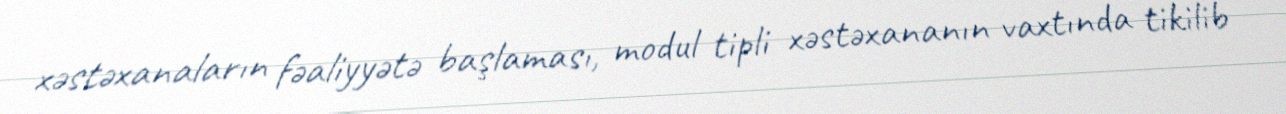
xəstəxanaların fəaliyyətə başlaması, modul tipli xəstəxananın vaxtında tikilib